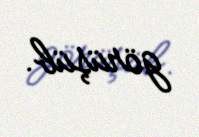
görüşüb.